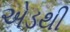
એડથી